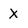
Character: X